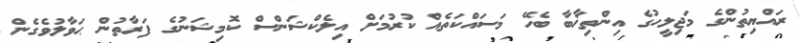
ރައްޔިތުންގެ މަޖިލީހުގެ އިންތިޚާބާ ބެހޭ މަސައްކަތެއް ކުރުމަށް އިލެކްޝަންސް ކޮމިޝަނުގެ ފަރާތުން ޙަވާލުވެގެން